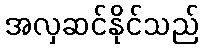
အလှဆင်နိုင်သည်